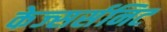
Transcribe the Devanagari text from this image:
केज्सर्सनिट